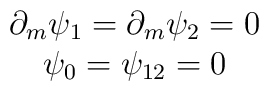
\begin{array}{c}\partial_m\psi_1=\partial_m\psi_2=0\\\psi_0=\psi_{12}=0\end{array}